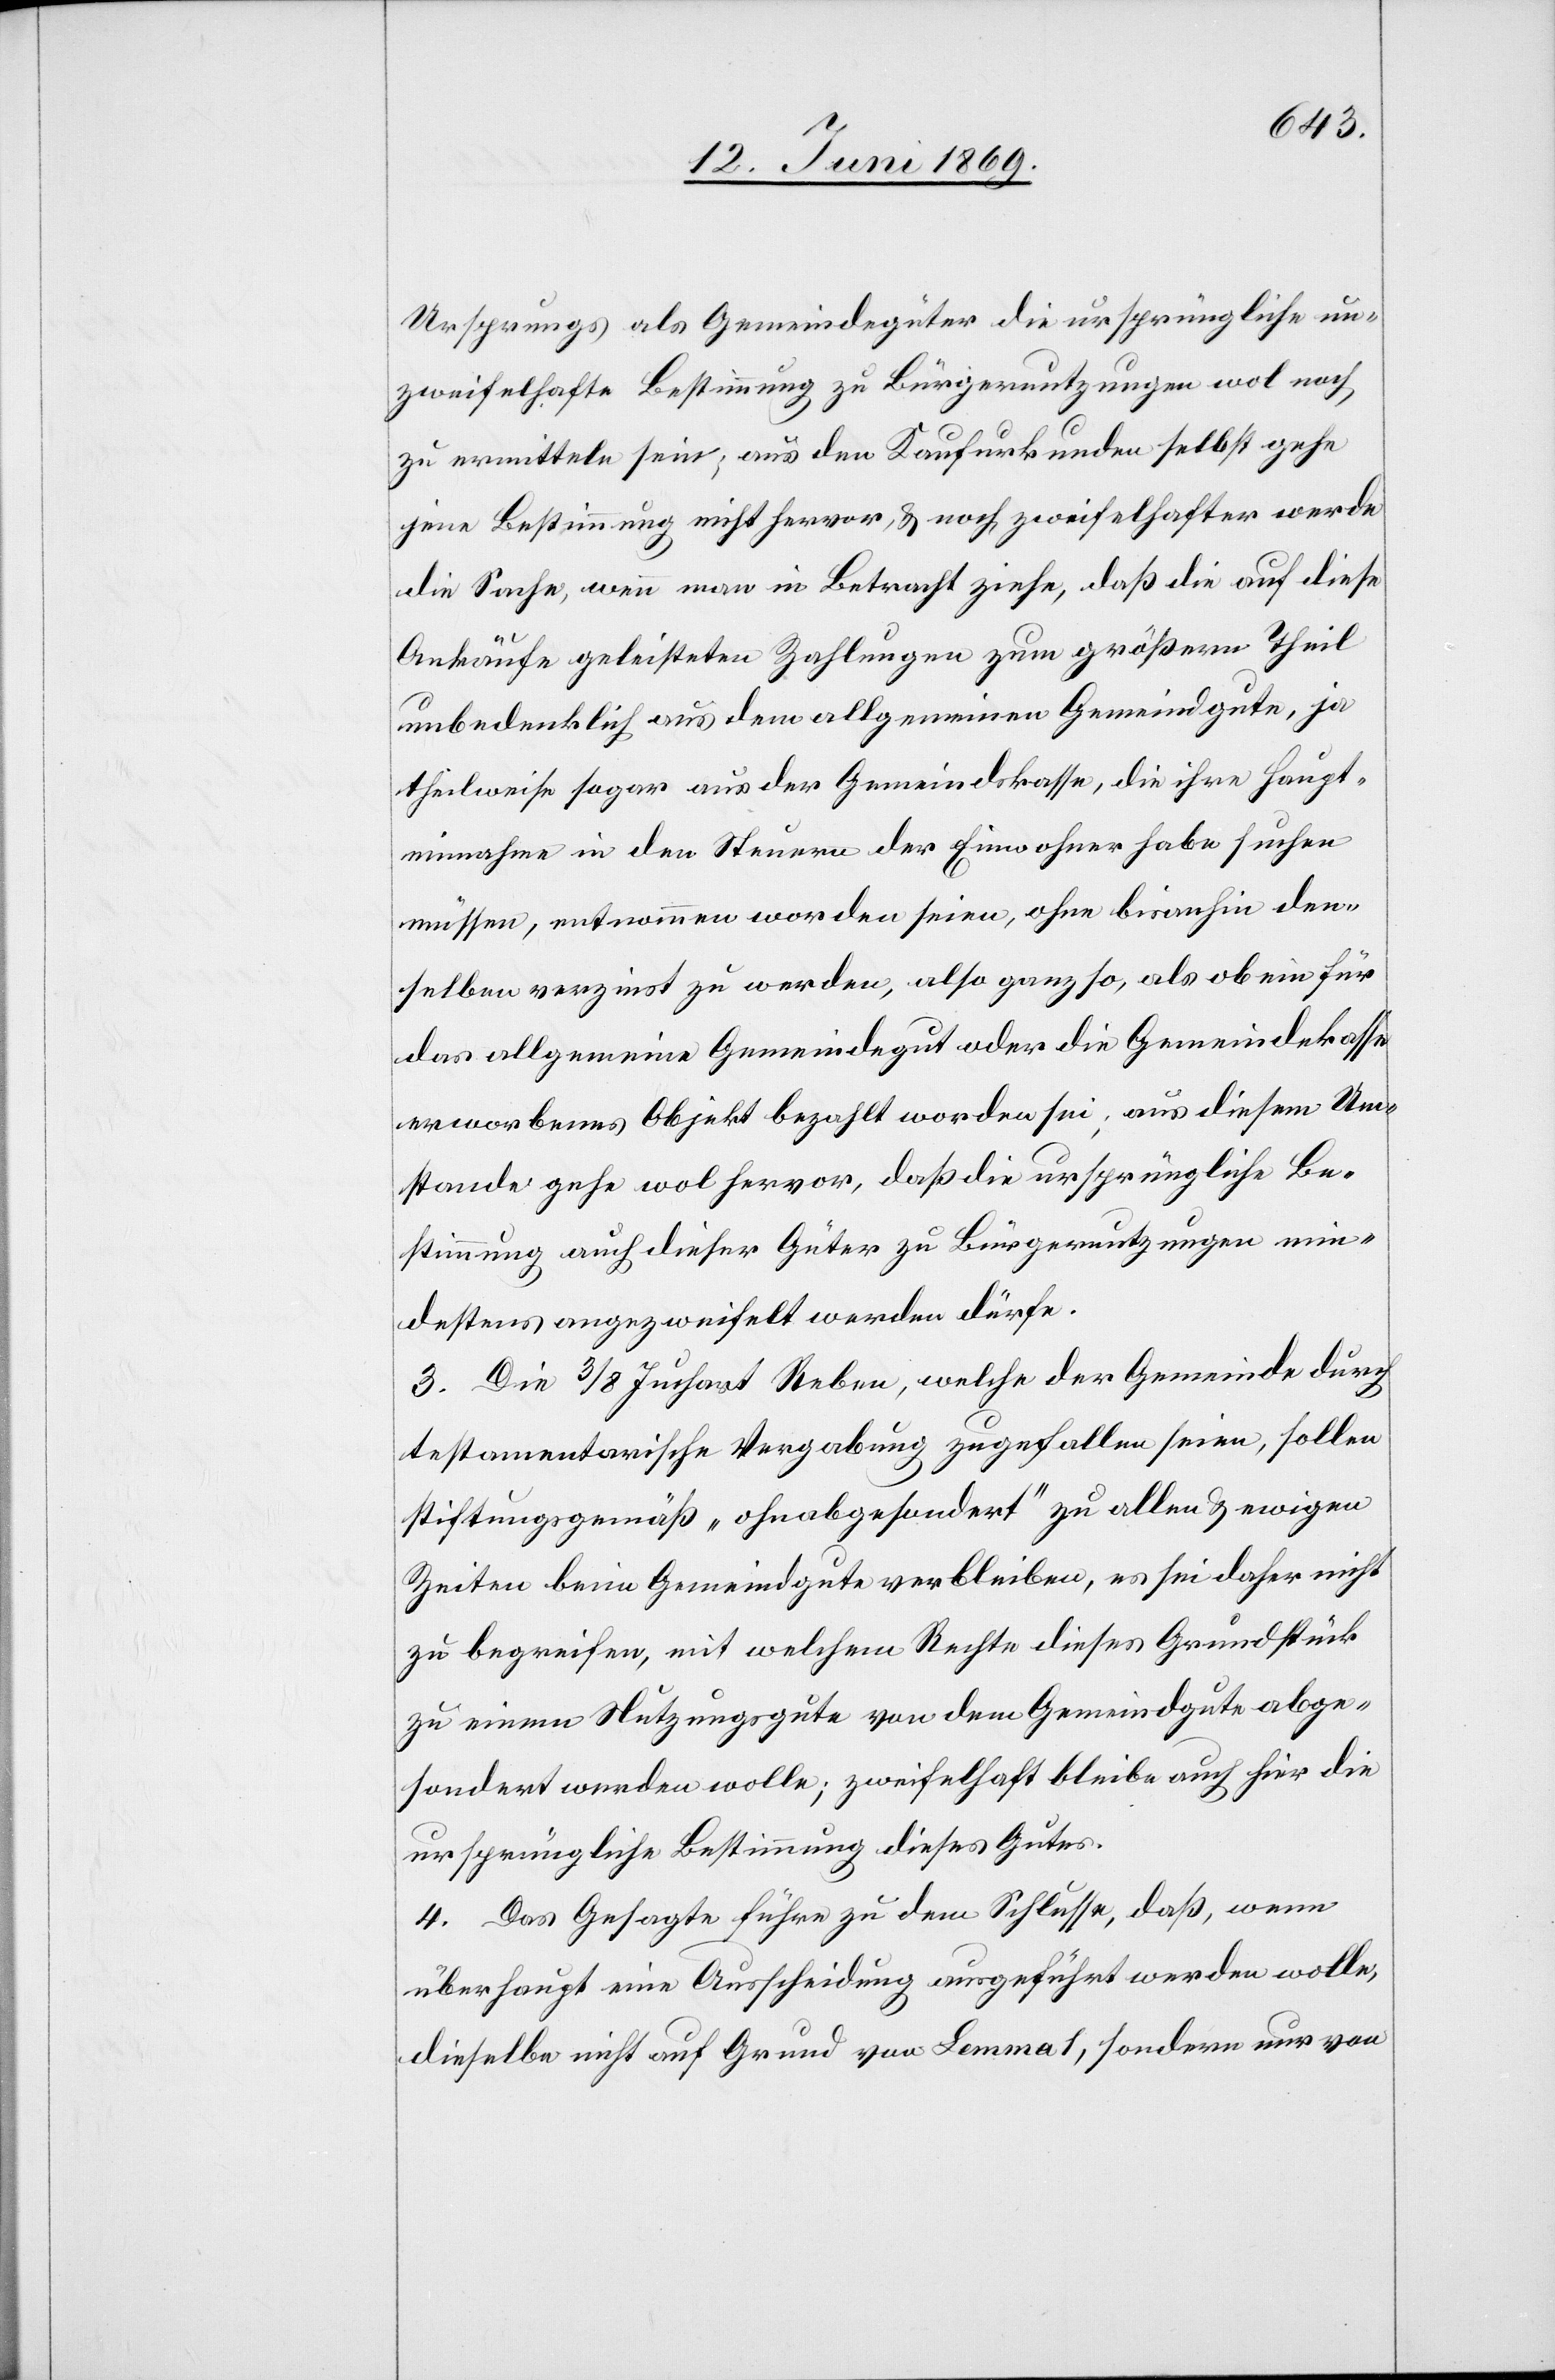
Ursprunges als Gemeindgüter die ursprüngliche un¬
zweifelhafte Bestimmung zu Bürgernutzungen wol noch
zu ermitteln sein, aus den Kaufurkunden selbst gehe
jene Bestimmung nicht hervor, u. noch zweifelhafter werde
die Sache, wenn man in Betracht ziehe, daß die auf diese
Ankäufe geleisteten Zahlungen zum größerm Theil
unbedenklich aus dem allgemeinen Gemeindgute, ja
theilweise sogar aus der Gemeindskasse, die ihre Haupt¬
einnahme in den Steuern der Einwohner habe suchen
müssen, entnommen worden seien, ohne bisanhin den¬
selben verzinst zu werden, also ganz so, als ob ein für
das allgemeine Gemeindgut oder die Gemeindekasse
erworbenes Objekt bezahlt worden sei; aus diesem Um¬
stande gehe wol hervor, daß die ursprüngliche Be¬
stimmung auch dieser Güter zu Bürgernutzungen min¬
destens angezweifelt werden dürfe.
3. Die 3/8 Juchart Reben, welche der Gemeinde durch
testamentarische Vergabung zugefallen seien, sollen
stiftungsgemäß „ohnabgesondert“ [sic!] zu allen u. ewigen
Zeiten beim Gemeindgute verbleiben, es sei daher nicht
zu begreifen, mit welchem Rechte dieses Grundstück
zu einem Nutzungsgute von dem Gemeindgute abge¬
sondert werden wolle; zweifelhaft bleibe auch hier die
ursprüngliche Bestimmung dieses Gutes.
4. Das Gesagte führe zu dem Schlusse, daß, wenn
überhaupt eine Ausscheidung ausgeführt werden wolle,
dieselbe nicht auf Grund von Lemma 1, sondern nur von